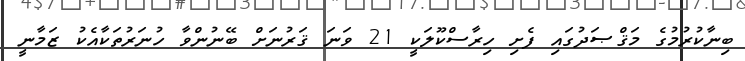
ބިނާކުރުމުގެ މަޤްޞަދުގައި ފެށި ހިރާސްކޫލަކީ 21 ވަނަ ޤަރުނަށް ބޭނުންވާ ހުނަރުތަކާއެކު ޒަމާނީ